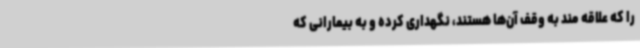
را که علاقه مند به وقف آن‌ها هستند، نگهداری کرده و به بیمارانی که